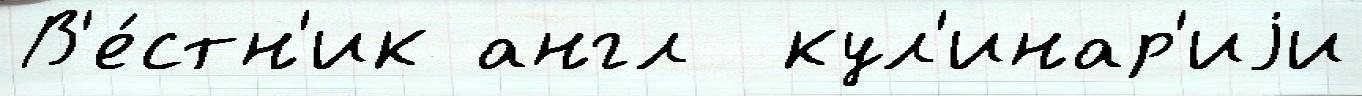
В'е́стн'ик англ  кул'инар'иjи